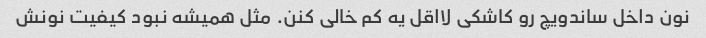
نون داخل ساندویچ رو کاشکی لااقل یه کم خالی کنن. مثل همیشه نبود کیفیت نونش